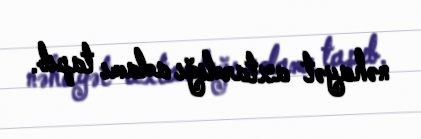
nəhayət axtardığı adamı tapıb.